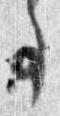
事